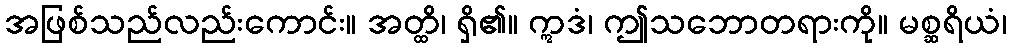
အဖြစ်သည်လည်းကောင်း။ အတ္ထိ၊ ရှိ၏။ ဣဒံ၊ ဤသဘောတရားကို။ မစ္ဆရိယံ၊